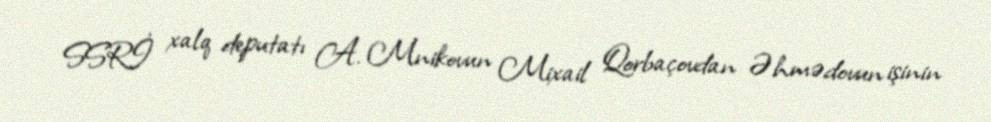
SSRİ xalq deputatı A. Mnikovun Mixail Qorbaçovdan Əhmədovun işinin